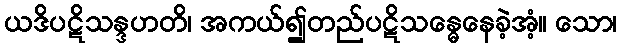
ယဒိပဋိသန္ဒဟတိ၊ အကယ်၍တည်ပဋိသန္ဓေနေခဲ့အံ့။ သော၊